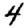
Digit: 4